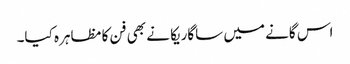
اس گانے میں ساگاریکا نے بھی فن کا مظاہرہ کیا۔